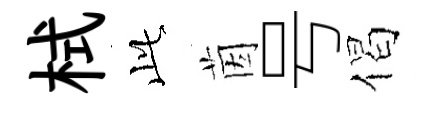
栻𬼘茵号偈